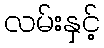
လမ်းနှင့်